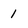
Character: 1